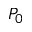
P _ { 0 }